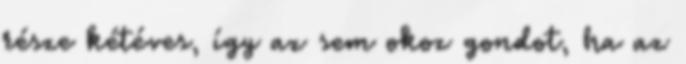
része kétéves, így az sem okoz gondot, ha az